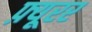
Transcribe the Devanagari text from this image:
फ़्यूरर